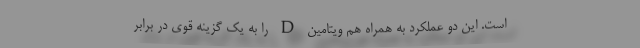
است. این دو عملکرد به همراه هم ویتامین D را به یک گزینه قوی در برابر